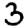
Digit: 3